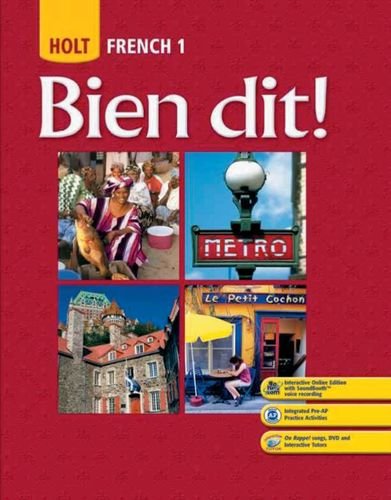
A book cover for Bien dit!: Student Edition Level 1 2008; RINEHART AND WINSTON HOLT; Teen & Young Adult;